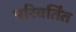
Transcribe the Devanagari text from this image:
परिवर्तिंत